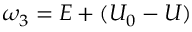
\omega _ { 3 } = E + ( U _ { 0 } - U )